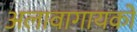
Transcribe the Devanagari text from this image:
अलावागायकों